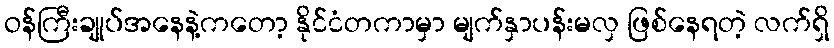
ဝန်ကြီးချုပ်အနေနဲ့ကတော့ နိုင်ငံတကာမှာ မျက်နှာပန်းမလှ ဖြစ်နေရတဲ့ လက်ရှိ